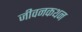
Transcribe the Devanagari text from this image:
जीवनकथन